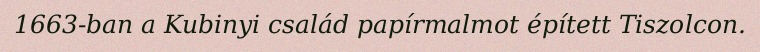
1663-ban a Kubinyi család papírmalmot épített Tiszolcon.